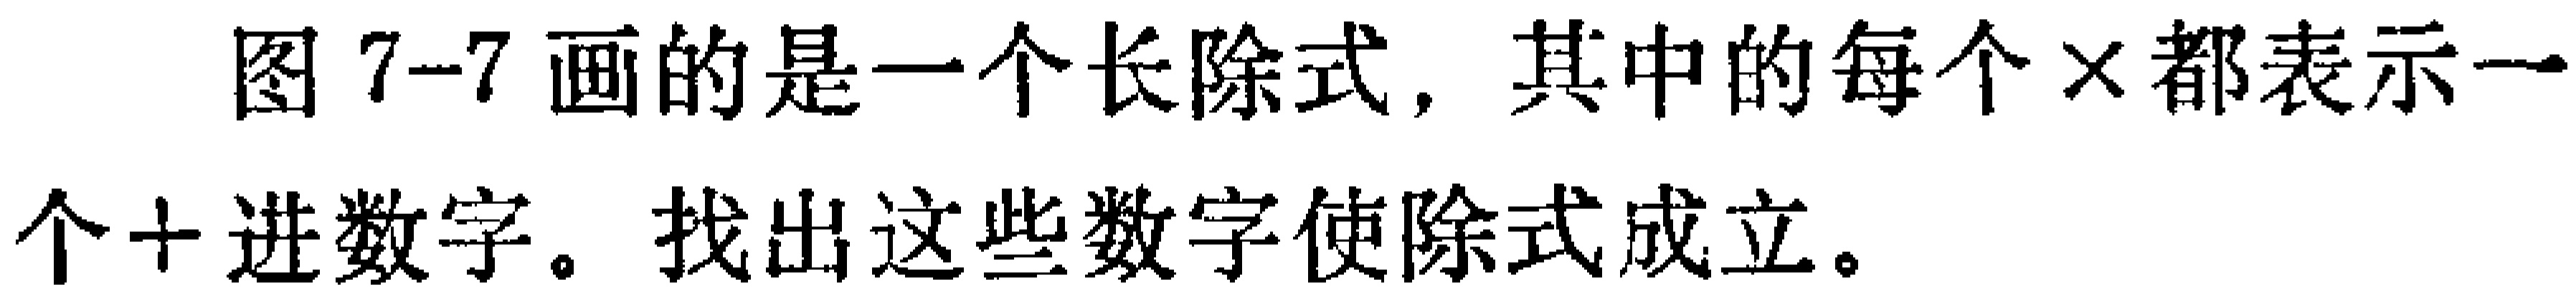
图7-7画的是一个长除式，其中的每个×都表示一个十进数字。找出这些数字使除式成立。